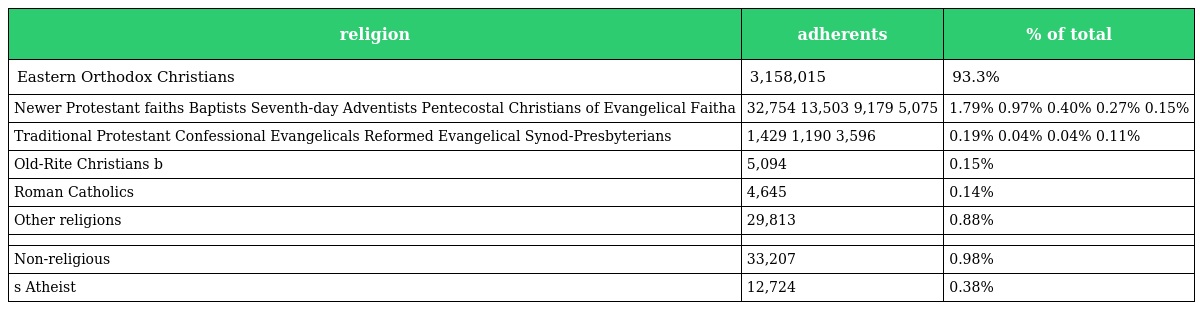
| religion | adherents | % of total |
 | --- | --- | --- |
 | Eastern Orthodox Christians | 3,158,015 | 93.3% |
 | Newer Protestant faiths Baptists Seventh-day Adventists Pentecostal Christians of Evangelical Faitha | 32,754 13,503 9,179 5,075 | 1.79% 0.97% 0.40% 0.27% 0.15% |
 | Traditional Protestant Confessional Evangelicals Reformed Evangelical Synod-Presbyterians | 1,429 1,190 3,596 | 0.19% 0.04% 0.04% 0.11% |
 | Old-Rite Christians b | 5,094 | 0.15% |
 | Roman Catholics | 4,645 | 0.14% |
 | Other religions | 29,813 | 0.88% |
 |  |  |  |
 | Non-religious | 33,207 | 0.98% |
 | s Atheist | 12,724 | 0.38% |